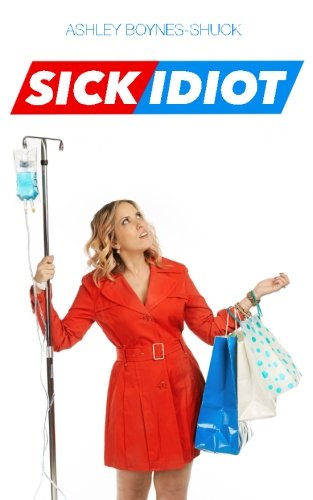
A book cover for Sick Idiot; Ashley Boynes-Shuck; Health, Fitness & Dieting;